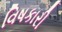
વિષકારી